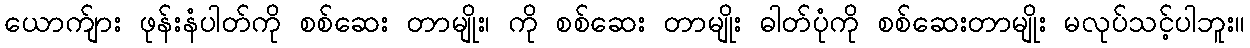
ယောက်ျား ဖုန်းနံပါတ်ကို စစ်ဆေး တာမျိုး၊ ကို စစ်ဆေး တာမျိုး ဓါတ်ပုံကို စစ်ဆေးတာမျိုး မလုပ်သင့်ပါဘူး။